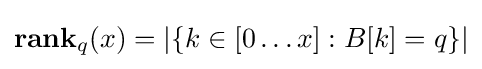
\mathbf {rank} _{q}(x)=|\{k\in [0\dots x]:B[k]=q\}|